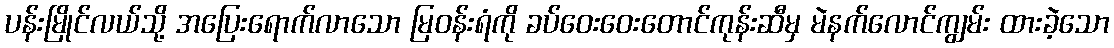
ပန်းမြိုင်လယ်သို့ အပြေးရောက်လာသော မြဝန်းရံကို ခပ်ဝေးဝေးတောင်ကုန်းဆီမှ မဲနက်လောင်ကျွမ်း ထားခဲ့သော